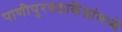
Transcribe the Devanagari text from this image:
पाणीपुरवठाकेंद्रांमध्ये